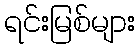
ရင်းမြစ်များ